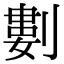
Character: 𠞭